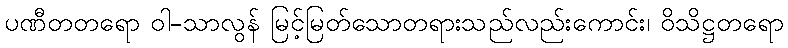
ပဏီတတရော ဝါ-သာလွန် မြင့်မြတ်သောတရားသည်လည်းကောင်း၊ ဝိသိဋ္ဌတရော